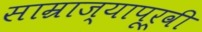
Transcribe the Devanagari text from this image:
साम्राज्यापूर्वी